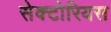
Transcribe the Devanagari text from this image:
सेक्टोरियस